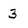
Character: 3